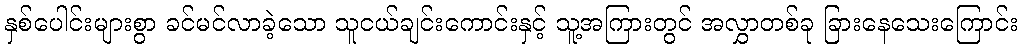
နှစ်ပေါင်းများစွာ ခင်မင်လာခဲ့သော သူငယ်ချင်းကောင်းနှင့် သူ့အကြားတွင် အလွှာတစ်ခု ခြားနေသေးကြောင်း